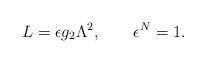
LaTeX: \begin{align*}L = \epsilon g_2 \Lambda^{2},\qquad \epsilon^N=1. \end{align*}